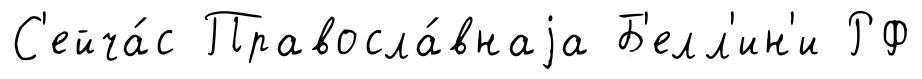
С'ейча́с Правосла́внаjа Б'елл'ин'и РФ